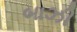
બાઝી